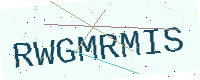
Text: RWGMRMIS